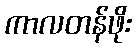
ကာလတန်ဖိုး